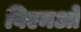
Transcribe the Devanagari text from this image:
बिएमओ